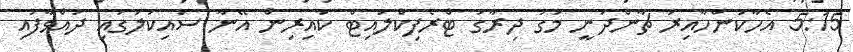
5:15 އެހާކަންހާއިރު ޗާންދަނީ މަގު ދިރާގު ޓްރެފިކްލައިޓް ކައިރިން އޭނާ ސައިކަލުގައި ދުއްވާފައި